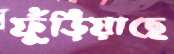
ফুঁড়িয়াছে